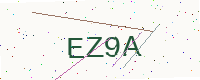
Text: EZ9A